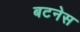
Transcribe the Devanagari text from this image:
बटनेस